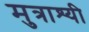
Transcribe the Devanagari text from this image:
मुत्राश्यी